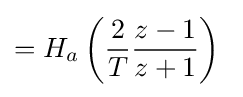
=H_{a}\left({\frac {2}{T}}{\frac {z-1}{z+1}}\right)\